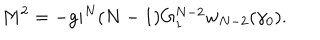
LaTeX: M ^ { 2 } = - g i ^ { N } ( N - 1 ) G _ { 1 } ^ { N - 2 } w _ { N - 2 } ( \gamma _ { 0 } ) .